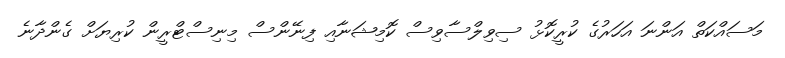
މަސައްކަތް އަންނަ އަހަރުގެ ކުރީކޮޅު ސިވިލްސާވިސް ކޮމިޝަނާއި ފިނޭންސް މިނިސްޓްރީން ކުރިޔަށް ގެންދާނެ